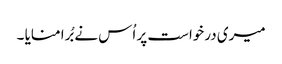
میری درخواست پر اُس نے بُرا منایا ۔